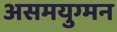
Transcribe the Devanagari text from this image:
असमयुग्मन